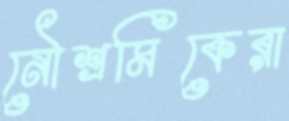
নৌশ্রমিকেরা